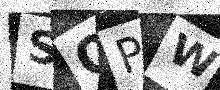
Text: SQPW